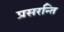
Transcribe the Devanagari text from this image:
प्रसरन्ति